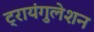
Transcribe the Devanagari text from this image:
ट्रायंगुलेशन